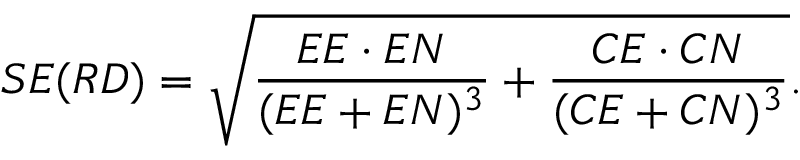
S E ( R D ) = { \sqrt { { \frac { E E \cdot E N } { ( E E + E N ) ^ { 3 } } } + { \frac { C E \cdot C N } { ( C E + C N ) ^ { 3 } } } } } .